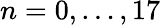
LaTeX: n=0,\ldots,17